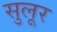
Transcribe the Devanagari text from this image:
सुलूर